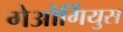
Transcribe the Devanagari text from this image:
गेओर्गियुस